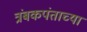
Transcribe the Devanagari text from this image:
त्रंबकपंताच्या